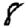
Digit: 8